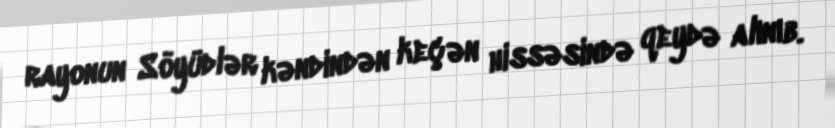
rayonun Söyüdlər kəndindən keçən hissəsində qeydə alınıb.